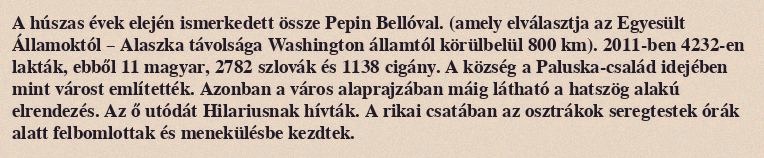
A húszas évek elején ismerkedett össze Pepin Bellóval. (amely elválasztja az Egyesült Államoktól – Alaszka távolsága Washington államtól körülbelül 800 km). 2011-ben 4232-en lakták, ebből 11 magyar, 2782 szlovák és 1138 cigány. A község a Paluska-család idejében mint várost említették. Azonban a város alaprajzában máig látható a hatszög alakú elrendezés. Az ő utódát Hilariusnak hívták. A rikai csatában az osztrákok seregtestek órák alatt felbomlottak és menekülésbe kezdtek.